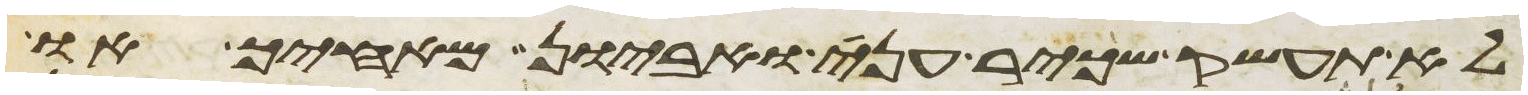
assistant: לא תעשק שכיר עני ואביון מאחיך או